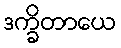
ဒက္ခိတာယေ